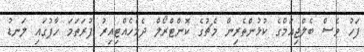
ފަހު ވެސް ބެލްޖިއަމްގެ ކުޅުންތެރިން މެޗުގެ ކޮންޓްރޯލް ދެމެހެއްޓިއިރު ފުރަތަމަ ހާފުގައި ލަނޑު